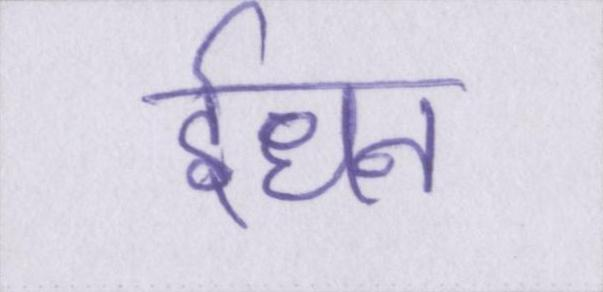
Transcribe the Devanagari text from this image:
ईंधन